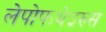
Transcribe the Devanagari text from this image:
लेपोफथेइरुस